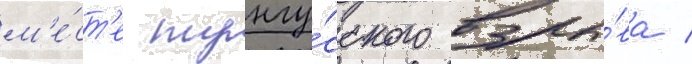
м'е́ст'е тунгу́сского взры́ва /